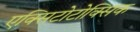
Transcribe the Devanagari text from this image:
एक्सिटोटोक्सिक